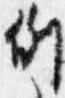
例